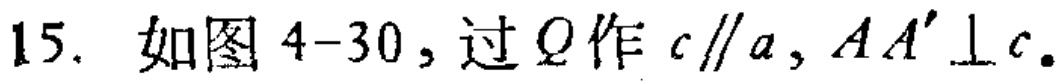
15. 如图4-30，过\(Q\)作\(c\parallel a\)，\(AA'\perp c\)。